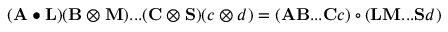
( \mathbf { A } \bullet \mathbf { L } ) ( \mathbf { B } \otimes \mathbf { M } ) . . . ( \mathbf { C } \otimes \mathbf { S } ) ( c \otimes d ) = ( \mathbf { A } \mathbf { B } . . . \mathbf { C } c ) \circ ( \mathbf { L } \mathbf { M } . . . \mathbf { S } d )